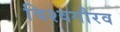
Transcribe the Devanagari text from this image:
विश्वगौरव